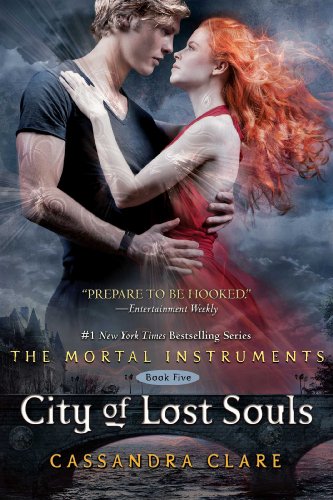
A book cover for City of Lost Souls (The Mortal Instruments); Cassandra Clare; Teen & Young Adult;